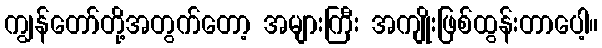
ကျွန်တော်တို့အတွက်တော့ အများကြီး အကျိုးဖြစ်ထွန်းတာပေါ့။